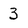
Character: 3